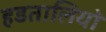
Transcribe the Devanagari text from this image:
हडतालियों